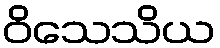
ဝိသေသိယ